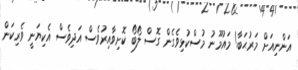
އަންނިއަށް މަރުޙަބާ! މައުމޫނު މުސްކުޅިވެގެން ގޮސް ލޯބޯ ކޮށިވާއިރުވެސް އަދިވެސް އެކިޔަނީ ވެރިކަން